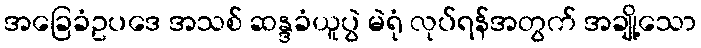
အခြေခံဥပဒေ အသစ် ဆန္ဒခံယူပွဲ မဲရုံ လုပ်ရန်အတွက် အချို့သော